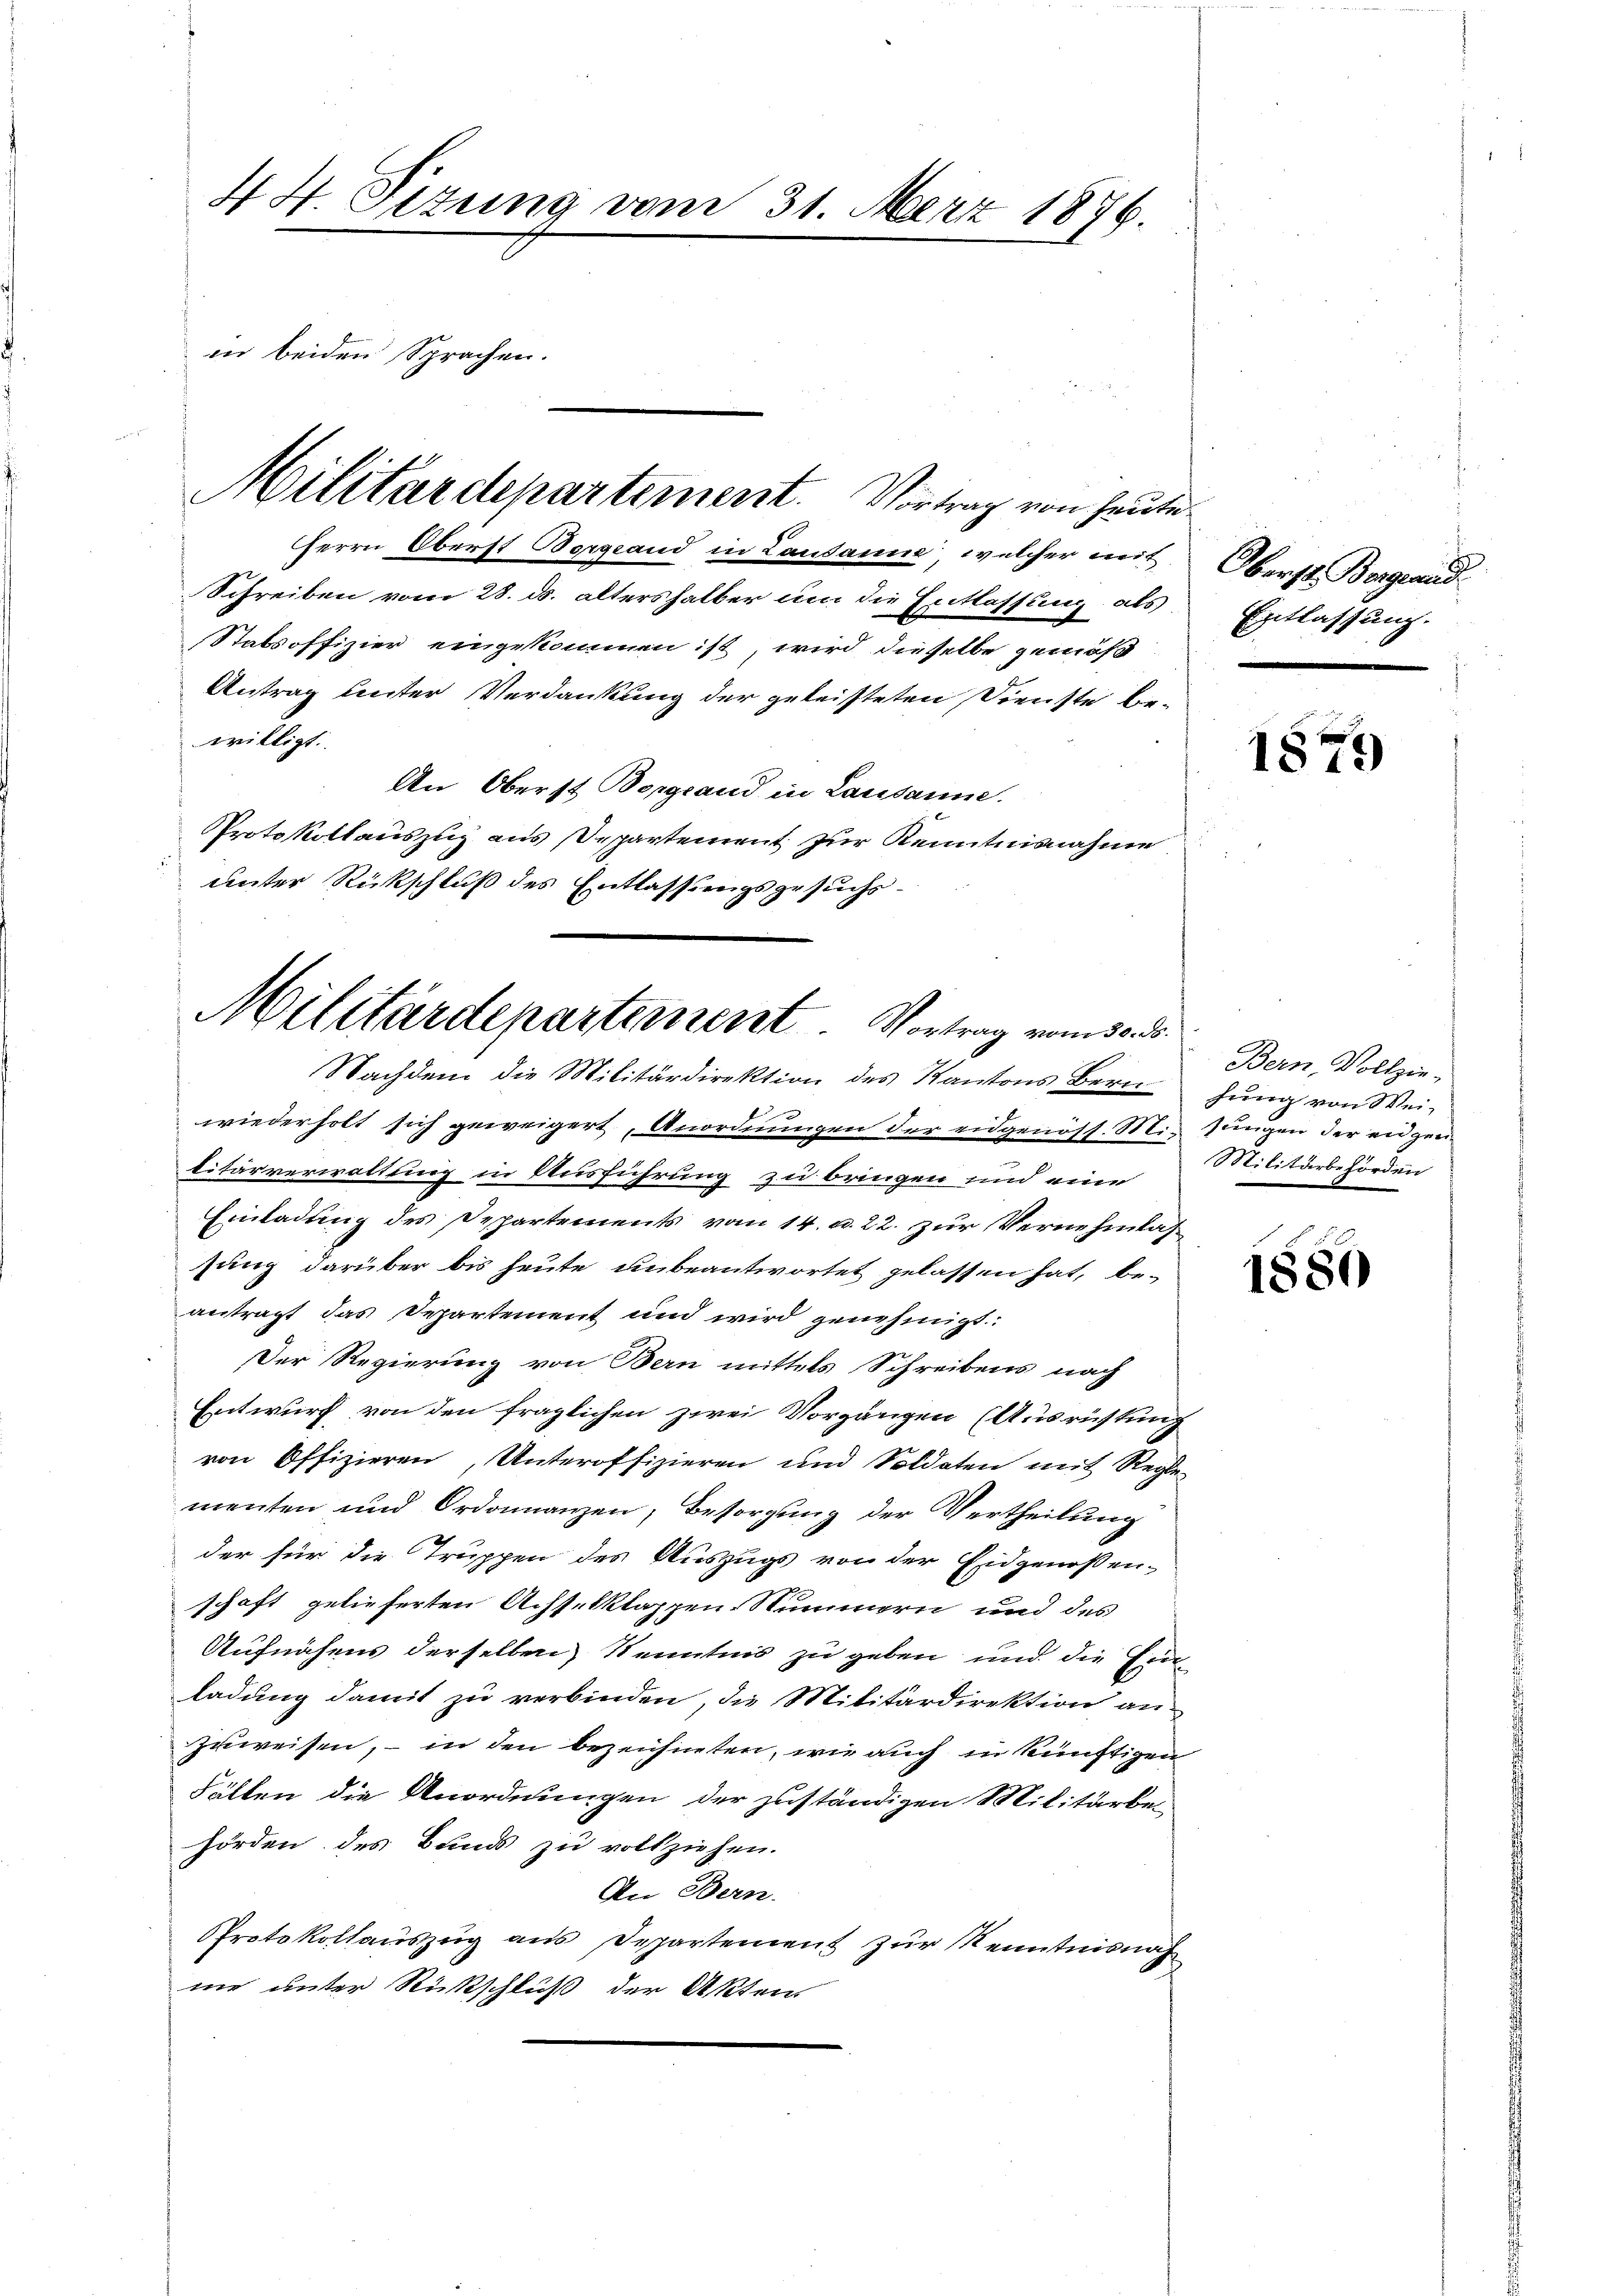
44. Sizung vom 31. März 1876.
in beiden Sprachen.

Herrn Oberst Bergrand in Lausanne, welcher mit Oberst Bergrand¬
Schreiben vom 28. ds. altershalber um die Entlassung als Entlassung.
Stabsoffizier eingekommen ist, wird dieselbe gemäß
Antrag unter Verdankung der geleisteten Dienste bewilligt.
An Oberst Borgrand in Lausanne.
Protokollauszug aus Departement zur Kenntnisnahme
unter Rückschluß des Entlassungsgesuchs¬

Militärdepartement. Vortrag von heute

Militärdepartement. Vortrag vom 30. ds.
Nachdem die Militärdirektion des Kantons Bern jung von Wei¬

wiederholt sich geweigert, Anordnungen der eidgenöss. Mit Jungen der engen
litärverwaltung in Ausführung zu bringen und eine
Einladung des Departements vom 14. u. 22. zur Vernehmlas
sung darüber bis heute unbeantwortet gelassen hat, beantragt das Departement und wird genehmigt:
Der Regierung von Bern mittels Schreibens nach
Entwurf von den fraglichen zwei Vorgängen (Ausrüstung
von Offizieren, Unteroffizieren und Soldaten mit Regle-
menten und Ordonnanzen, Besorgung der Vertheilung
der für die Truppen des Auszugs von der Eidgenossen-
schaft gelieferten Achselklappen-Nummern und des
Aufnähens derselben) Kenntnis zu geben und die Ein-
ladung damit zu verbinden, die Militärdirektion an
zuweisen, – in den bezeichneten, wie auch in künftigen
Fällen die Anordnungen der zuständigen Militärbehörden des Bands zu vollziehen.
An Bern.
PProtokollauszug aus Departement zur Kenntnisnah
me unter Rückschluß der Akten

1879

Bern, Vollzie-
Militärbehörden

1880